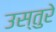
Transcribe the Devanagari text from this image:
उस्तुरे